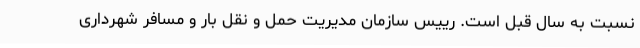
نسبت به سال قبل است. رییس سازمان مدیریت حمل و نقل بار و مسافر شهرداری